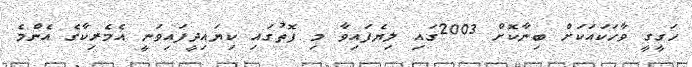
ހަގީގީ ވާހަކައަކަށް ބިނާކޮށް 2003ގައި ލިޔެފައިވާ މި ފޮތުގައި ކިޔައިދީފައިވަނީ އެމެރިކާގެ އެންމެ